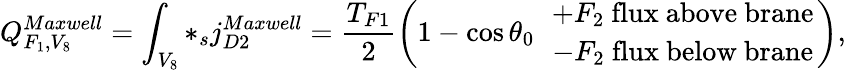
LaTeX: Q_{F_{1},V_{8}}^{Maxwell}=\int_{V_{8}}*_{s}j_{D2}^{Maxwell}=\frac{T_{F1}}{2}\left(1-\cos\theta_{0}\ \ {+F_{2}\ {\mathrm{flux\ above\ brane}}\atop{-F_{2}\ \mathrm{flux\ below\ brane}}}\right),